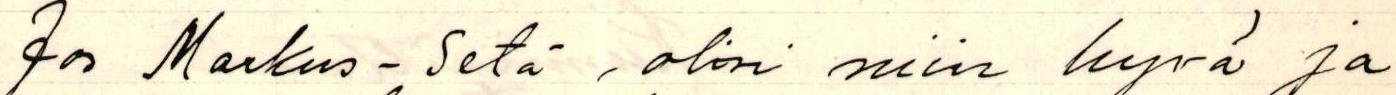
Jos Markus-Setä , olisi  niin hyvä ja